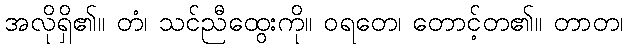
အလိုရှိ၏။ တံ၊ သင်ညီထွေးကို။ ဝရတေ၊ တောင့်တ၏။ တာတ၊